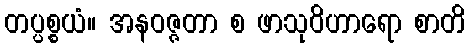
တပ္ပစ္စယံ။ အနဝဇ္ဇတာ စ ဖာသုဝိဟာရော စာတိ